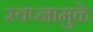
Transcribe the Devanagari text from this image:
स्वप्नामुळे